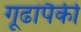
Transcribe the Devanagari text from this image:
गूढांपैकी